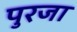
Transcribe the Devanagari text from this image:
पुरजा